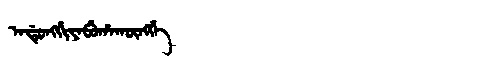
Manchu: ᠠᡩᡠᠩᡤᡳᠶᠠᠪᡠᡥᠠᡴᡡᠩᡤᡝ
Romanization: ADUNGGIYABUHAKŪNGGE